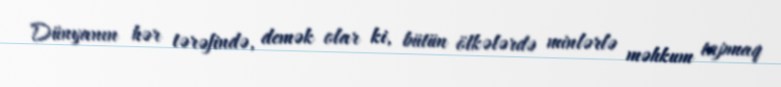
Dünyanın hər tərəfində, demək olar ki, bütün ölkələrdə minlərlə məhkum tapmaq